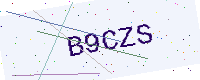
Text: B9CZS